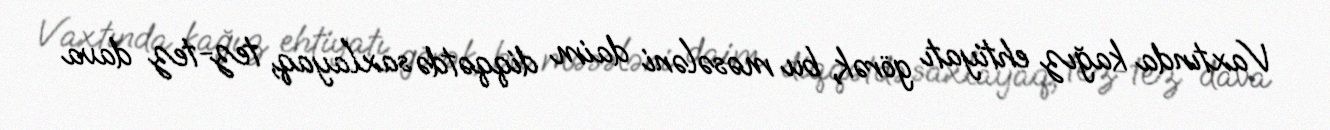
Vaxtında kağız ehtiyatı görək, bu məsələni daim diqqətdə saxlayaq, tez-tez dava